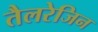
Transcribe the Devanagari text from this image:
तैलरेजिन